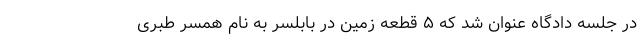
در جلسه دادگاه عنوان شد که ۵ قطعه زمین در بابلسر به نام همسر طبری